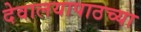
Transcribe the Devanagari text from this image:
देवालयापाठच्या